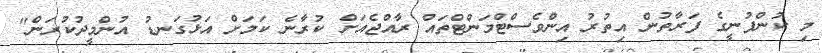
މި ކުންފުނީގެ ފަރާތުން އިތުރު އިންވެސްޓްމަންޓްތައް ރާއްޖެއަށް ކުރާނެ ކަމަށް އަޅުގަނޑު އުންމީދުކުރަން"